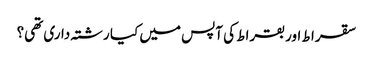
سقرا ط اور بقراط کی آپس میں کیا رشتہ داری تھی؟